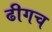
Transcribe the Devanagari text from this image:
ढीगच